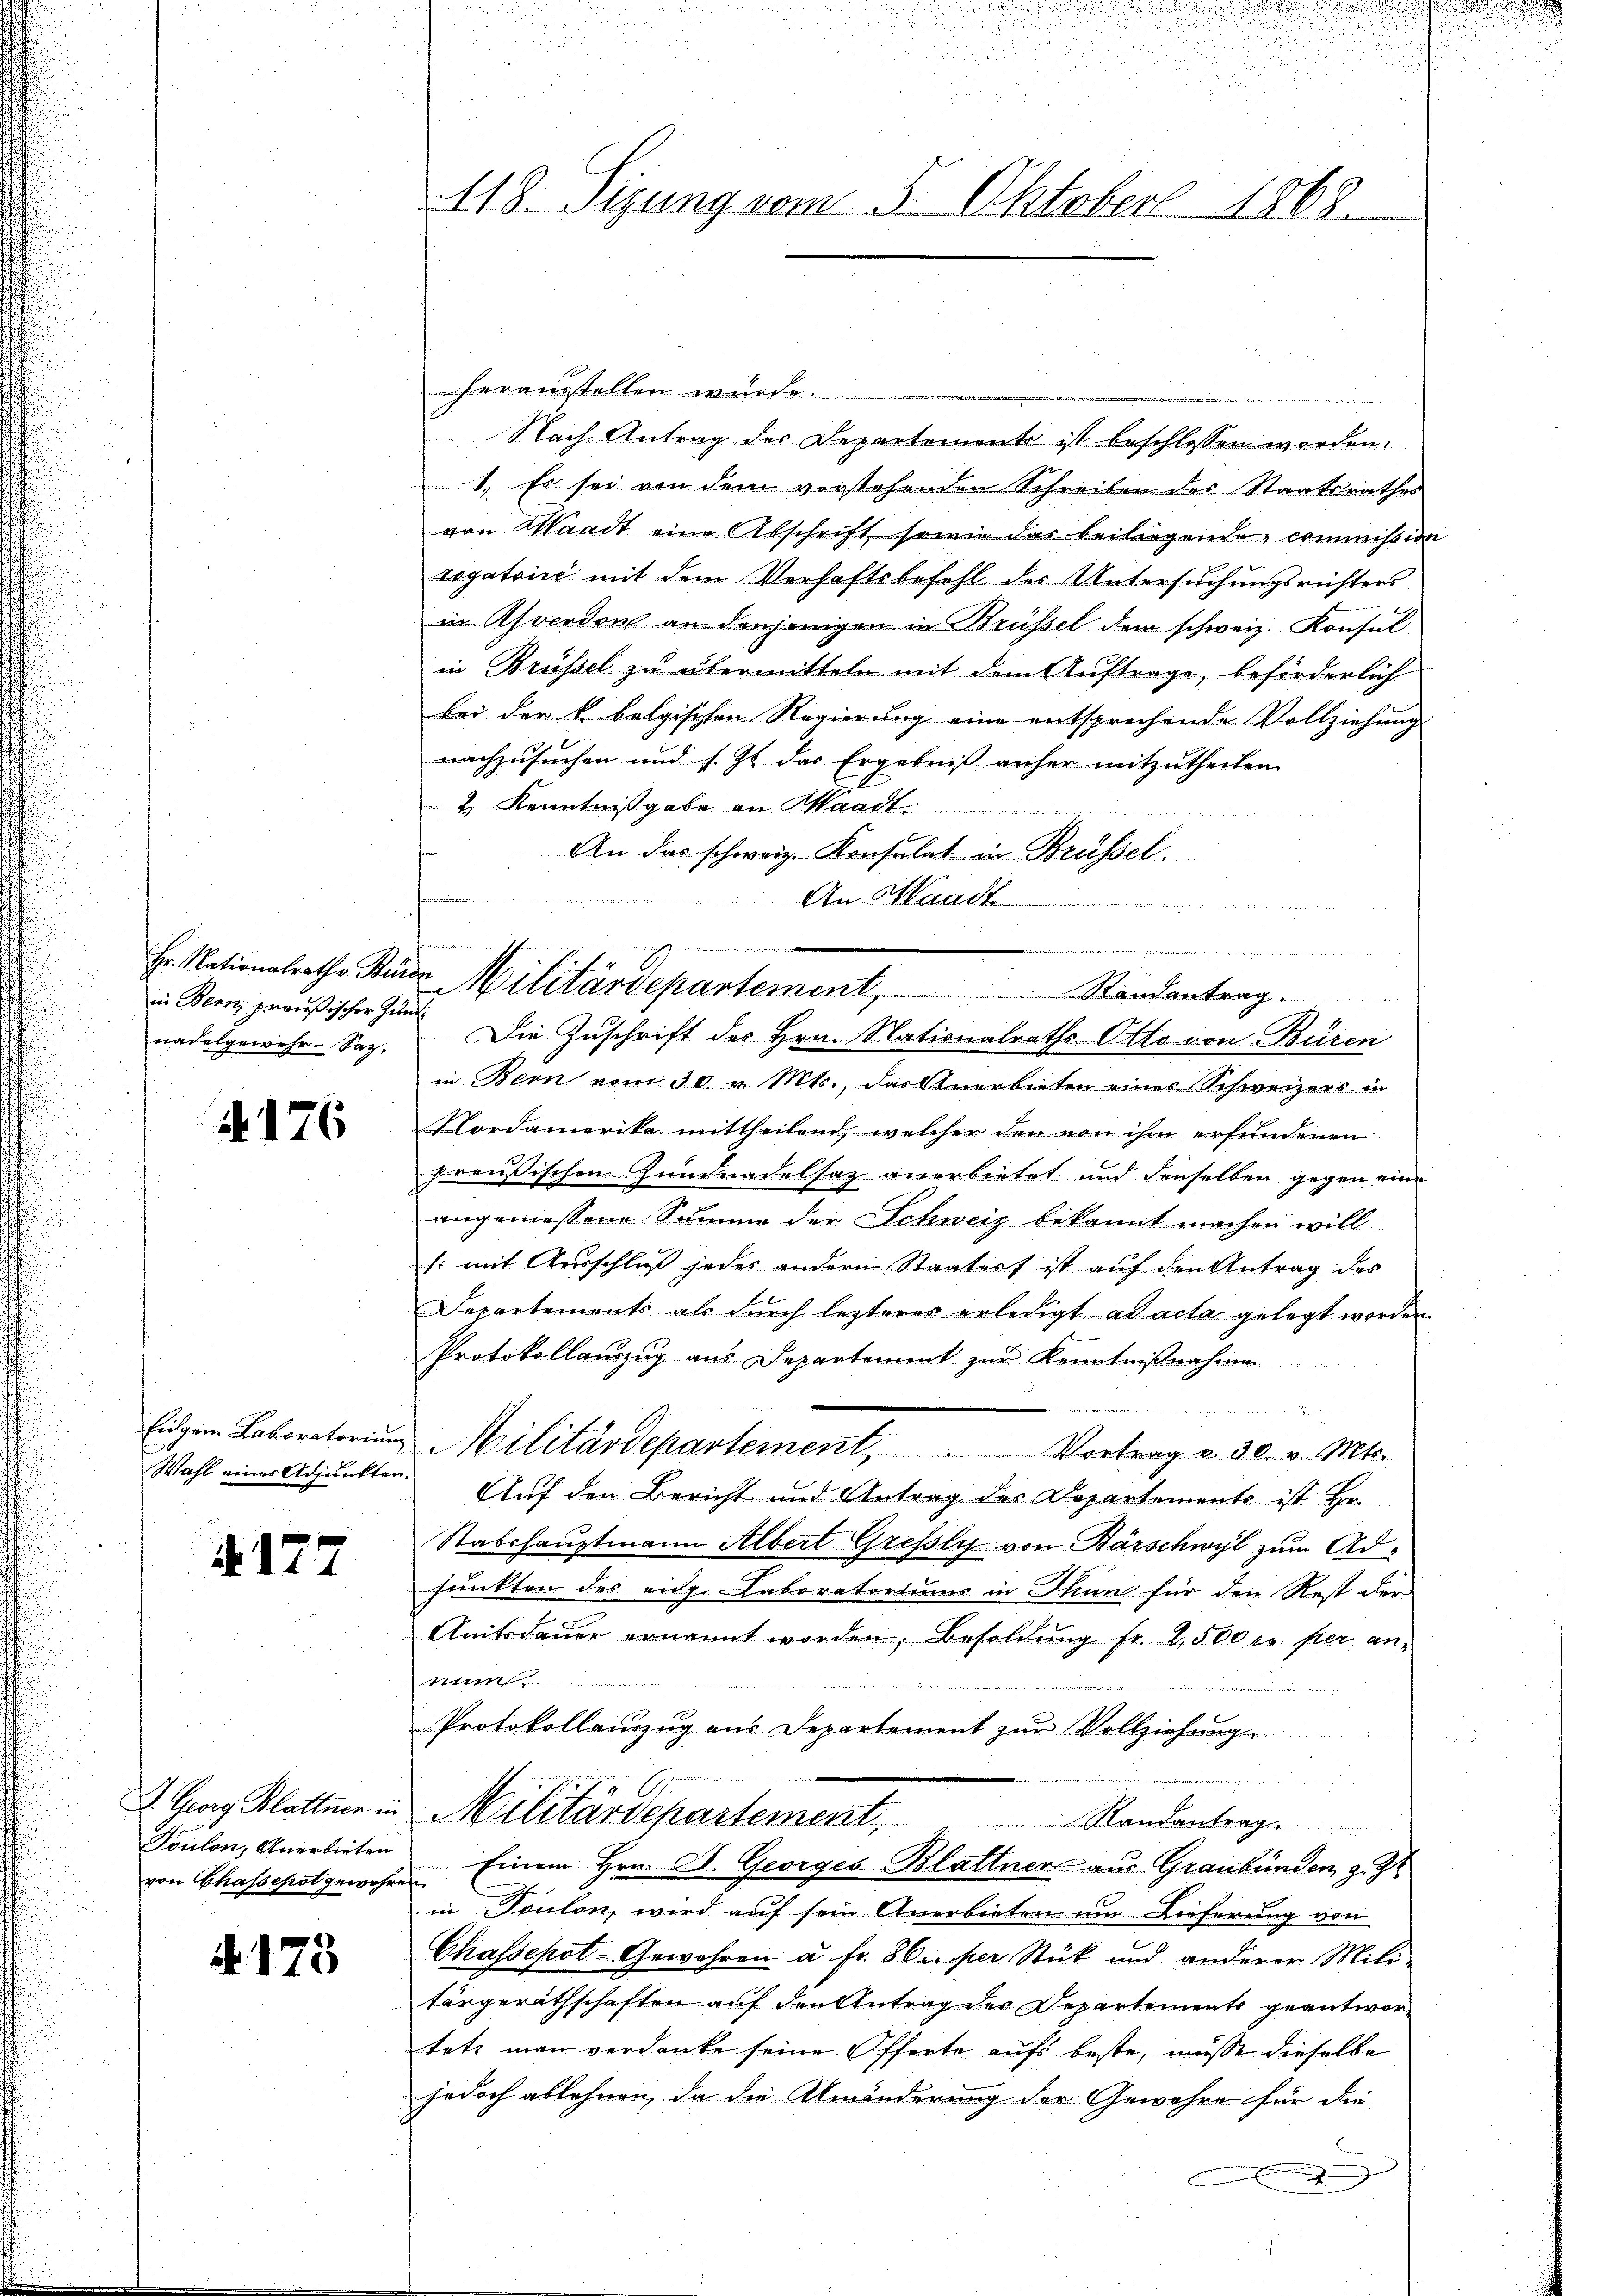
in Bern, preußischer Zun
nadelgewehr- Saz.

No. 176

Wahl eines Adjunkten.

§177

von Chassepot gewehren

173

118. Sizung vom 5. Oktober 1868.

herausstellen würde.
Nach Antrag des Departement ist beschlossen worden.
1. Es sei von dem vorstehenden Schreiben des Staatsrathes
von Waadt eine Abschrift seiner das beiliegende commission
rogatoire mit dem Verhaftsbefehl des Untersuchungsrichters
in Ahverdon an denjenigen in Brüssel dem schweiz. Konsul
in Brüssel zu übermitteln mit dem Auftrage, beförderlich
bei der k. bolgischen Regierung eine entsprechende Vollziehung
nachzusuchen und s. Zt. das Ergebnis anher mitzutheilen.
2 Kenntnißgabe an Waadt
An das schweiz. Konsulat in Brüssel.

An Waadt
EHALLE
e
.
Hr. Nationalrathe Bürde Militärdepartement,                         Randantrag.
Die Zuschrift des Hrn. Nationalraths Otto von Büren
in Bern vom 30. v. Mts., das Anerbieten eines Schweizers in
Nordamerika mittheilend, welcher den von ihm erfundenen
preußischen Zundnadelsaz anerbietet und denselben gegen eine
angemessene Summe der Schweiz bekannt machen will
/: mit Ausschluß jedes andern Staaters ist auf den Antrag des
Departements als dŭrch lezteres erledigt ad acta gelegt worden.
Protokollauszug aus Departement zur Kenntnißnahmen

Eidgen. Laboratoriŭm Militärdepartement, Vortrag v. 30. v. Mts.
Auf den Bericht und Antrag des Departements ist Hr.
Stabshauptmann Albert Grefsly von Barschwyl zum Adfunkten des eidg. Laboratoriums in Thun für den Rest der
Amtsdaŭer ernannt worden, Besoldŭng fr. 2,500 er per an-
num
2
Protokollauszug aus Departement zur Vollziehung
 u
I. Georg Blattner in Militärdepartement,
Randantrag
Toulon, Anerbieten Einem Hrn. D. Georges Blattner aus Graubünden z. Z.
in Toulon, wird auf sein Anerbieten um Lieferung von
2
Chassepot-Gewehren u. fr. 86 er per Stück und anderer Mili-
tärgeräthschaften auf den Antrag der Departements geantwortete man verdanke seine Offerte aufs beste, müsse dieselbe
jedoch ablehnen, da die Abmänderung der Gewehre für die